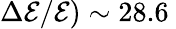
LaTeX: \Delta\mathcal{E}/\mathcal{E})\sim 28.6\